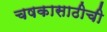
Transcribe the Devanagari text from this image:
चषकासाठीची